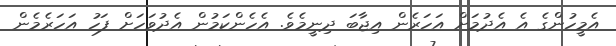
އެމީހުންގެ އެ އެދުމަށް އަހަރެން އިޖާބަ ދިނީމެވެ. އެހެންކަމުން އެދުވަހަށް ފަހު އަހަރެމެން